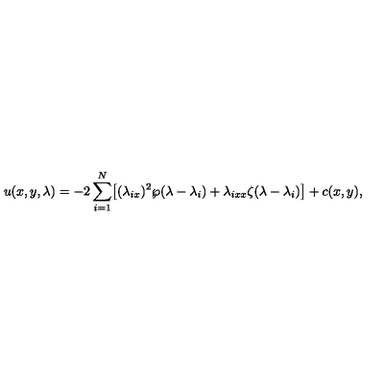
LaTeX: u ( x , y , \lambda ) = - 2 \sum _ { i = 1 } ^ { N } \bigl [ ( \lambda _ { i x } ) ^ { 2 } \wp ( \lambda - \lambda _ { i } ) + \lambda _ { i x x } \zeta ( \lambda - \lambda _ { i } ) \bigr ] + c ( x , y ) ,